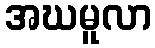
အဃမူလာ